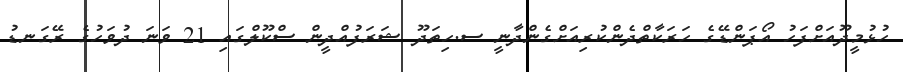
ހުޅުމީދޫއަށްފަހު އޯޕަންޑޭގެ ހަރަކާތްދެންކުރިއަށްގެންދާނީ ސ.ހިތަދޫ ޝަރަފުއްދީން ސްކޫލްގައި 21 ވަނަ ދުވަހުގެ ރޭގަނޑު